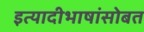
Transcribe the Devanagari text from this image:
इत्यादीभाषांसोबत